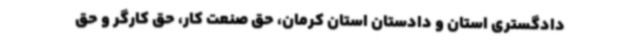
دادگستری استان و دادستان استان کرمان، حق صنعت کار، حق کارگر و حق